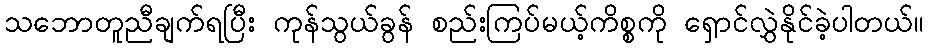
သဘောတူညီချက်ရပြီး ကုန်သွယ်ခွန် စည်းကြပ်မယ့်ကိစ္စကို ရှောင်လွှဲနိုင်ခဲ့ပါတယ်။